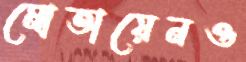
মোতায়েনও